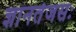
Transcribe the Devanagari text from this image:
ज्ञानतेजसः